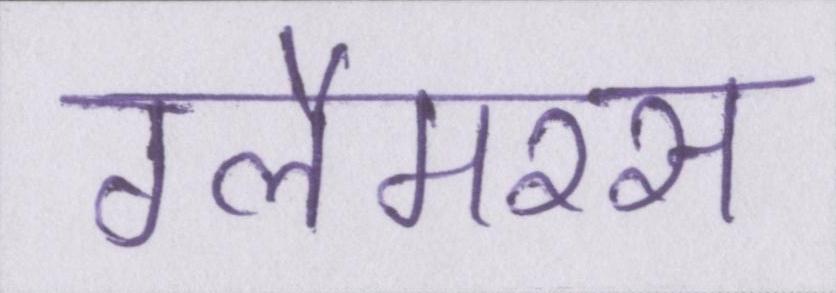
ग्लैमरस